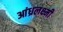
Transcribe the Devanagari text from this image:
आंध्रलक्ष्मी